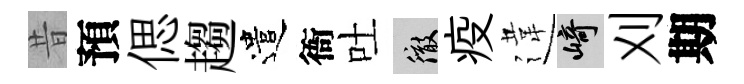
昔預偲趨遣衙吐徹疫違崎刈期